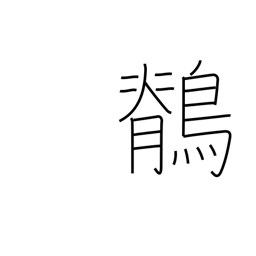
Meaning: wagtail